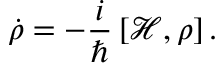
\dot { \rho } = - \frac { i } { \hbar } \left[ \mathcal { H } , \rho \right] .